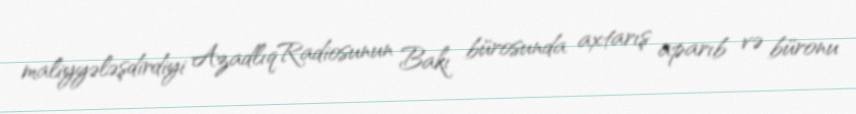
maliyyələşdirdiyi AzadlıqRadiosunun Bakı bürosunda axtarış aparıb və büronu